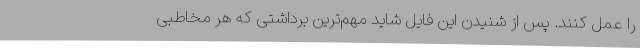
را عمل کنند. پس از شنیدن این فایل شاید مهم‌ترین برداشتی که هر مخاطبی